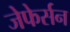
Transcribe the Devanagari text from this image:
जेफेर्सन